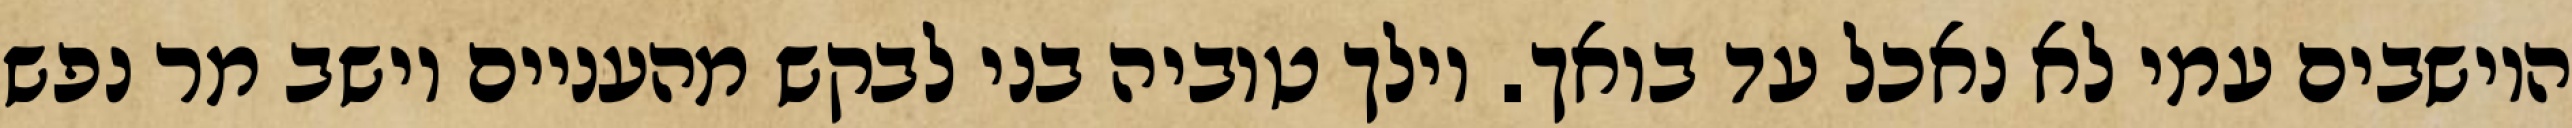
היושבים עמי לא נאכל עד בואך. וילך טוביה בני לבקש מהעניים וישב מר נפש